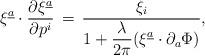
LaTeX: \begin{align*}\xi\sp{\underline{a}}\cdot {\partial \xi\sp{\underline{a}}\over \partial p\sp{i}} \,=\,{\xi_i\over 1+ \displaystyle{\lambda\over 2\pi}(\xi\sp{\underline{a}}\cdot \partial_a\Phi)},\end{align*}